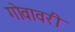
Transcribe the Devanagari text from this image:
गोवावरी